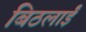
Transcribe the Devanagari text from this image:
बिठलाईं